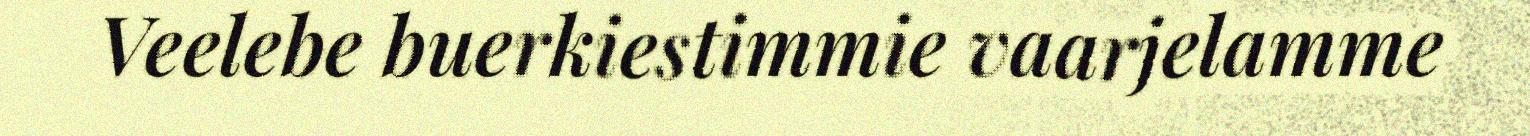
Veelebe buerkiestimmie vaarjelamme